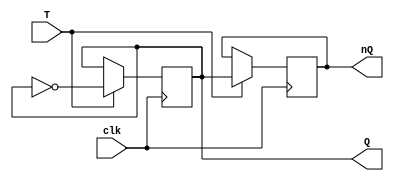
module t_flip_flop (
   output reg Q, nQ, input T, clk
);
    always @(posedge clk) begin
        if(T) begin 
            Q<=~Q;
            nQ<=Q;
        end
    end
endmodule